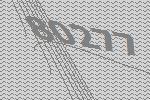
80277